Vital statistics of India. Vol. IV, Annual returns from 1871 to 1876. British Army of India, Native Army and jails of Bengal
Year: 1871
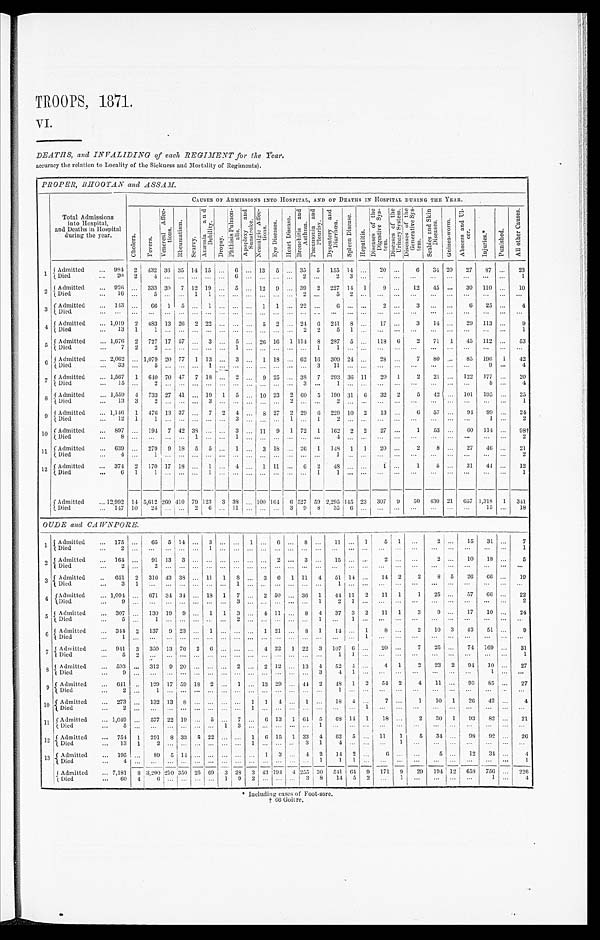
TROOPS, 1871.
VI.
DEATHS, and INVALIDING of each REGIMENT for the Year.
accuracy the relation to Locality of the Sickness and Mortality of Regiments).
PROPER, BHOOTAN and ASSAM.
Total Admissions
into Hospital,
and Deaths in Hospital
during the year.
CAUSES OF ADMISSIONS INTO HOSPITAL, AND OF DEATHS IN HOSPITAL DURING TUE YEAR.
C h o l e r a .
F e v e r s .
V e n e r e a l A f f e e t i o n s .
R h e u m a t i s m .
S c u r v y .
A n æ m i a a n d D e b i l i t y .
D r o p s y .
P h t h i s i s P u l m o n a l i s .
A p o p l e x y a n d S u n s t r o k e . N e u r a l g i c A f f e c t i o n s .
E y e D i s e a s e s .
H e a r t D i s e a s e .
B r o n c h i t i s a n d A s t h m a .
P n e u m o n i a a n d P l e u r i s y .
D y s e n t e r y a n d D i a r r h œ a .
S p l e e n D i s e a s e .
H e p a t i t i s .
D i s e a s e s o f t h e D i g e s t i c e S y s t e m .
D i s e a s e s o f t h e U r i n a r y S y s t e m . D i s e a s e s o f t h e G e n e r a t i c e S y s t e m .
S c a b i e s a n d S k i n D i s e a s e s .
G a i n e a - w o r m .
A b s c e s s a n d U l c e r .
I n j u r i e s .
‫٭‬
P u n i s h e d .
A l l o t h e r C a u s e s .
1 Admitted
. . . 984 2 432 36 35 14 15 ... 6 ... 13 5 ... 33
5
155 14 ...
20 ...
6
34 20
27
87 ...
23
Died
. . .
2 0
2
4 ...
. . .
. . .
. . .
. . . 6
. . .
. . .
. . .
... 2
. . .
2 3
. . .
. . .
. . .
. . .
. . .
. . .
. . .
... ...
1
2 Admitted
... 926
. . . 333 30 7 12 19 ... 5 ... 12 9 ... 39 2 227 14 1
9
. . . 12
45 ...
30 110
. . . 10
1 Died
. . .
1 6
. . . 5 ...
. . . 1 1
. . . ...
. . .
. . .
. . .
... 2
. . .
5
2
. . .
. . .
. . .
. . .
. . .
. . .
. . .
. . .
. . .
. . .
3 Admitted
... 143 ...
66 1
5 ... 1 ... ... ... 1 1 ... 22
. . .
6
. . .
. . .
2
. . .
3
. . .
. . .
6 25 ...
4
Died
. . .
. . .
. . .
. . . ...
. . .
. . . . . .
. . . ...
. . .
. . .
. . . ... ...
. . . . . .
. . .
. . .
. . .
. . .
. . .
. . .
. . .
. . .
. . .
. . .
. . .
4 Admitted
... 1,019 2 483 13 26 2 22 ... ...
... 5 2 ... 24 6 241 8 ...
17 ...
3
14 ...
29 113
. . .
9
Died
. . .
13 1
1 ...
. . .
. . .
. . .
. . . ...
. . . . . .
. . . ...
2 2
5 1
. . . ...
... ...
. . .
. . .
. . .
. . .
. . .
1
5 Admitted
... 1,676 2 727 17 57 ... 3
. . . 5 ... 26 16 1 114 8 287 5 ... 118
6
2
71 1
45 112 ...
53
Died
. . .
7
2
2 ...
. . .
. . .
. . .
. . . 1
. . .
. . .
. . .
... ...
1
1
. . .
. . .
. . .
. . .
. . .
. . .
. . .
. . .
. . .
. . .
. . .
6 Admitted
... 2,062 ... 1,079 20 77 1 13 ... 3 ... 1 I8 ... 62 16 309 24 ...
28
. . .
7
80
. . . 85 196 1
42
Died
. . . 33
. . .
5 ...
. . .
. . . 1
. . . ...
. . .
. . .
. . .
... ...
3 11
. . .
. . .
. . .
. . .
. . .
. . .
. . .
. . .
9 ...
4
7 Admitted
. . . 1,567 1
6 4 0 70 47 7 18
. . . 2
. . . 9 25 ... 38 7 293 36 11
20 1
2
21 ... 122 177 ...
20
Died
. . .
1 5
. . .
2 ...
. . .
. . .
. . .
. . . ...
. . .
. . .
. . .
... 3
. . .
1
. . .
. . .
. . .
. . .
. . .
. . .
. . .
. . .
5
. . .
4
8 Admitted
... 1,559 4 733 27 41
. . . 19 1 5 ... 10 23 2 60 5 190 31
6 32
2
5
4 2
. . . 101 195
. . . 25
D i e d
. . .
1 3
3
2 ...
. . .
. . .
3
. . . ...
. . .
. . .
. . .
2 ...
. . .
2
. . .
. . .
. . .
. . .
. . .
. . .
. . .
. . .
. . .
. . .
1
9 Admitted
. . .
1 , 1 4 6 1
4 7 6 13 37
. . . 7 2 4 ... 8 27 2 29 6 229 10 2
13
. . .
6 57 ...
94 99 ...
24
Died
. . . 12 1
1 ...
. . .
. . .
. . .
. . . 3
. . .
. . .
. . .
1 ...
1
2
. . .
. . .
. . .
. . .
. . .
. . .
. . .
. . .
1 ...
2
10 Admitted
. . .
8 9 7
. . . 194 7 42 38 ...
. . . 3 ... 11 9 1 72 1 162 2 2
2 7
. . .
1
53
. . . 60 114 ...
98
( Died
. . .
8
. . .
. . . ...
. . . 1
. . .
. . . 1
. . .
. . .
. . .
... ...
. . .
4
. . .
. . .
. . .
. . .
. . .
. . .
. . . ...
...
...
2
1 1 Admitted
... 639 ... 279 9 18 5 5 ... 1 ... 3 18 ... 26 1 148 1 1
20 ...
2
8 ...
27
46
. . . 21
Died
. . .
4
. . .
1 ...
. . .
. . .
. . .
. . . ...
. . . . . . ... ... ... ...
1
. . .
. . .
. . .
. . .
. . .
. . .
. . .
. . .
. . .
. . .
2
1 2 Admitted
... 374 2 170 17 1 18 ... 1 ... 4 ... 1 11 ...
6 2
48
. . .
. . .
1
. . .
1
5
. . . 31
41 ...
12
Died
...
6
1
1 ...
. . .
. . .
1
. . . ...
. . .
. . .
. . .
...
. . .
1
1
. . .
. . .
. . .
. . . ...
. . .
. . .
. . .
. . .
. . .
1
Admitted
. . .
12,992 14 5,612 260
4 1 0
79 123 3 38
. . . 100 164 6 527 59
2 , 2 9 5 1 4 5 23 307 9
50 430 21 657 1,318 1 341
Died
... 147 10
24 ... ... 2 6 ... 11
. . . . . .
. . . 3 9 8
3 5 6
. . . . . .
. . .
. . .
. . .
. . .
. . . 15 ...
18
OUDE and CAW PO RE.
1
Admitted
... 175
...
65 5 14
. . .
3
. . .
. . .
1
. . . 6 ... 8
. . . 11 ... 1
5 1 ...
2 ...
15
31 ...
7
Died
...
2 ...
. . .
. . .
. . . . . . 1
. . .
. . .
...
. . .
. . .
. . .
. . . . . .
. . .
. . .
. . .
. . .
. . .
. . .
...
. . .
. . .
. . . ...
1
2 Admitted
... 164 ...
91 13 3
. . . ...
. . .
. . .
...
. . .
2
. . .
3
. . . 15
. . .
. . .
2
. . .
. . .
2
. . .
10
18 ...
5
Died
...
2 ...
2
. . .
. . .
. . . ...
. . .
. . . ...
. . .
. . .
. . .
. . .
. . .
. . .
. . .
. . .
. . .
. . .
. . .
...
. . .
. . .
. . . ...
. . .
3
A d m i t t e d
. . .
6 5 1 2 316 43 38 ... 11 1
8 ... 3 6 1 11 4
51 14 ...
14 2
2
8 5
26
6 6 ...
19
D i e d
...
3 1
. . .
. . .
. . . . . .
...
. . .
1 ...
. . . ... ... ... ...
1
. . .
. . .
. . .
. . .
. . . ...
. . .
. . .
. . . ...
. . .
4 Admitted
... 1,094 ... 671 34 34
. . . 18 1 7 ... 2 50 ... 36 1
44 11 2
11 1
1
25 ...
57
66 ...
22
Died
...
9 ...
. . .
. . .
. . . . . .
...
. . .
3 ...
. . .
. . .
. . .
. . .
1
2
1
. . .
. . .
. . .
. . . ...
. . .
. . .
. . . ...
2
5 Admitted
... 307 ... 130 19 9 ... 1 1 3 ... 4 11
. . . 8 4
37 3 2
11 1
3
9 ...
17
10 ...
24
1 Died
...
5 ...
1
. . .
. . . . . .
...
. . .
2 ... ... ... ... ...
1
. . .
1
. . .
. . .
. . .
. . . ...
. . .
. . .
. . . ...
. . .
6 Admitted
... 344 2 137 9 23 ... 1 ...
. . .
...
1 21 ... 8 1
14 ... 1
8 ...
2
10 3
43
51 ...
9
Died
...
1 ...
. . .
. . .
. . . . . .
...
. . .
. . .
...
. . .
. . . . . .
. . .
. . .
. . .
. . . 1
. . .
. . .
. . . ...
. . .
. . .
. . . ...
. . .
7 Admitted
... 941 3 350 13 76 2 6
. . . ...
...
4 22 1 22 3 107 6 ...
20 ...
7
25
. . . 74 169 ...
3 1
Died
...
5 2
. . .
. . .
. . . . . .
...
. . .
. . .
...
. . .
. . .
. . .
. . .
. . .
1
1
. . .
. . .
. . .
. . . ...
. . .
. . .
. . .
1
8 Admitted
. . . 593
. . . 312 9 20
. . . ... ... 2 ... 2 12 ... 13
4
52 4
. . .
4 1
2
23 2
94
10 ...
27
Died
...
9 ...
. . .
. . .
. . . . . .
...
. . .
. . .
...
. . .
. . .
. . .
. . .
3
4
1 . . .
. . .
. . .
. . . ...
. . .
. . .
1 ...
. . .
9 Admitted
...
6 4 1 ... 129 17 59 18 2 ... 1 ...
1 3 29 ... 44 2
48 1 2
54 2
4
11 ...
93
85
27
Died
...
2 ...
1
. . .
. . . . . .
...
. . . ... ... ... ... ... ...
. . .
1
. . .
. . .
. . .
. . .
. . . ...
. . .
. . .
. . . ...
. . .
10
Adimtted
. .. 273
. . . 132 13 8 ...
...
. . .
. . . 1 1 4 ... 1 ...
18 4 ...
7 ...
1
10 1
26
42 ...
4
Died
...
2 ...
. . .
. . .
. . . . . .
...
. . . ... 1
. . .
. . .
. . .
. . .
. . .
. . .
. . .
1
. . .
. . .
. . . ...
. . .
. . .
. . . ...
. . .
11 Admitted
. . . 1,049 ...
577 22 19
. . . 5
. . . 7 ... 6 13 1
6 4
5 69 14
1
18 ...
2
30 1
93
82 ...
21
Died
5 ...
. . .
. . .
. . . . . .
...
1
3 ...
. . .
. . .
. . .
. . .
1
. . .
. . .
. . .
. . .
. . .
. . . ...
. . .
. . .
. . . ...
. . .
1 2 Admitted
. . . 754 1 291 8 33 5 22
. . .
. . . 1 6 15 1 33 4
62 5
. . . 11
1
5
34
. . .
9 8 92 ...
26
Died
...
13 1
2
. . .
. . . . . .
...
. . .
. . .
1
. . .
. . .
. . .
3
1
4
. . .
. . .
. . .
1
. . . ...
. . .
. . .
. . . ...
. . .
1 3 Admitted
... 195 ...
89 5 14 ... ... ... ... ... 1 3 ... 4 2
14 2 ...
6
. . .
. . . 5 ...
12
34 ...
4
Died
...
4 ...
. . . . . .
. . . . . .
...
. . .
. . .
...
. . .
. . .
. . .
. . . 1
1 1
. . .
. . .
. . .
. . .
...
. . .
. . .
. . . ...
1
Admitted
... 7,181 8 3,290 210 350 25 69 3 28 3
4 3
1 9 4
4
2 5 5 30 541 64 9 171
9
29 194 12 658 756 ... 226
Died
. . . 60
4
6
. . .
. . . . . .
...
1
9 2 ... ...
. . . 3 8
14
5 2 ...
1 ...
...
. . . ...
1 ...
4
* Including cases of Foot-sore.
† 66 Goitre.